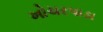
ખોચરપાડા